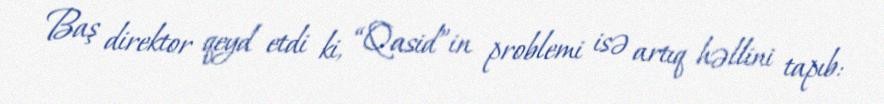
Baş direktor qeyd etdi ki, “Qasid”in problemi isə artıq həllini tapıb: